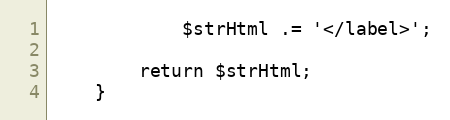
Language: PHP
            $strHtml .= '</label>';

        return $strHtml;
    }